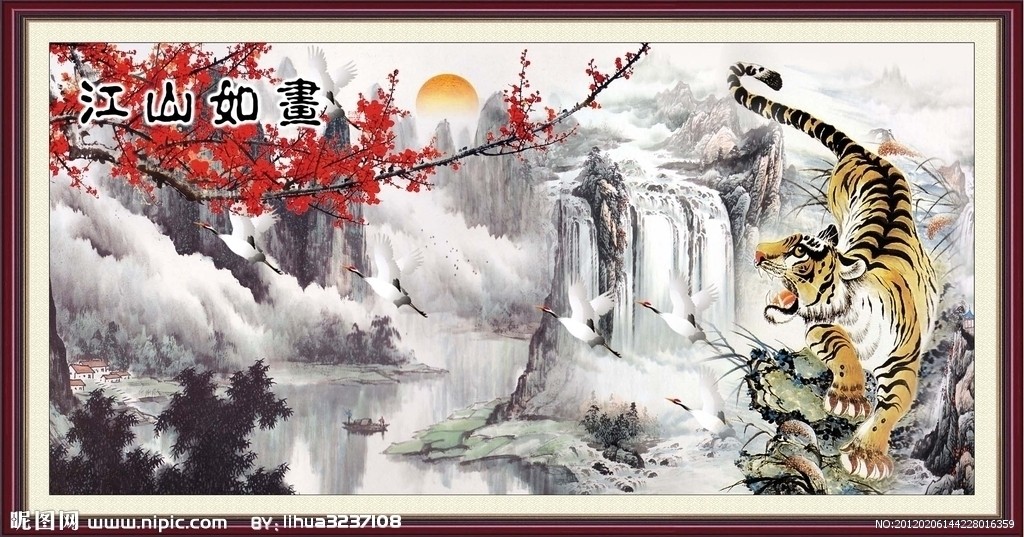
照野旌旗，朝天车马，平沙万里天低。